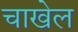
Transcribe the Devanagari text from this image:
चाखेल